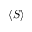
\langle S \rangle